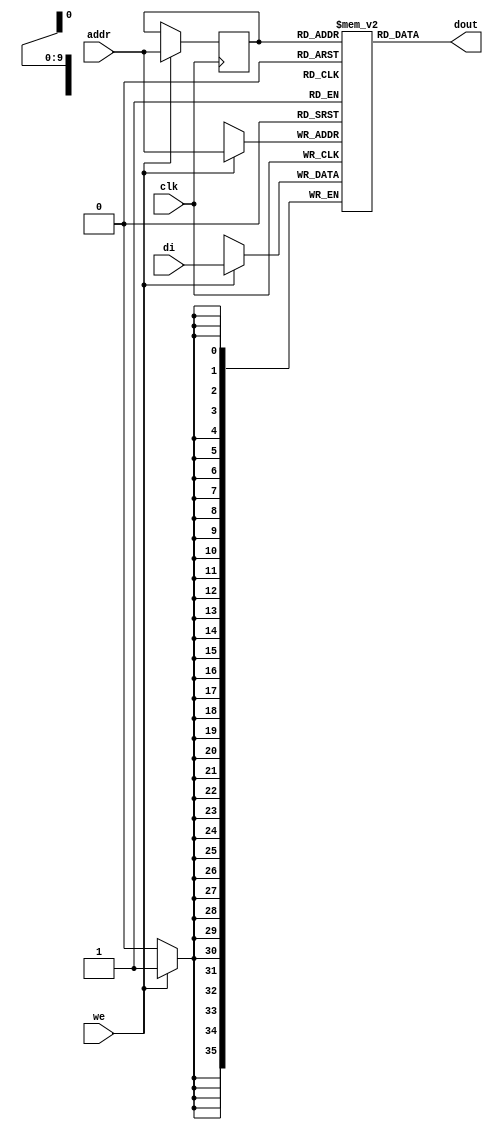

module rams_sp_reg_addr_1024x36_neg (clk, we, addr, di, dout);
input clk;
input we;
input [9:0] addr;
input [35:0] di;
output [35:0] dout;

reg [9:0] addr_reg;
reg [35:0] RAM [1023:0];
// reg [31:0] dout;

always @(negedge clk)
    begin
        if (we)
        begin
            RAM[addr] <= di;
            addr_reg <= addr;
        end
    end


assign dout = RAM[addr_reg]; // read with registered addr
endmodule